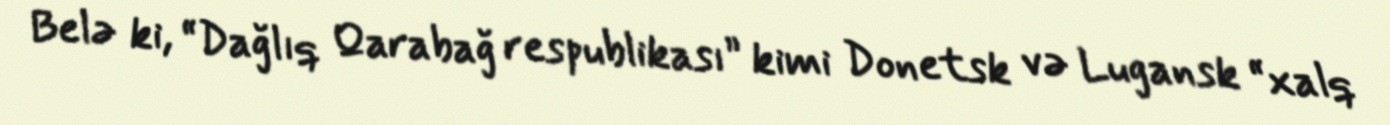
Belə ki, “Dağlıq Qarabağ respublikası” kimi Donetsk və Lugansk “xalq